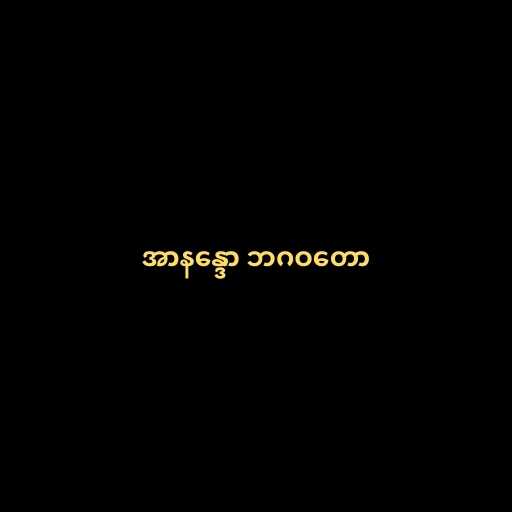
အာနန္ဒော ဘဂဝတော